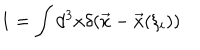
1 = \int d ^ { 3 } x \delta ( \vec { x } - \vec { x } ( \xi _ { i } ) )